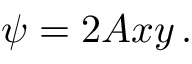
\psi = 2 A x y \, .